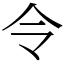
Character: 令